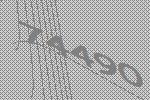
74490